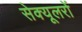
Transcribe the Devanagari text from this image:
सेक्यूलरों